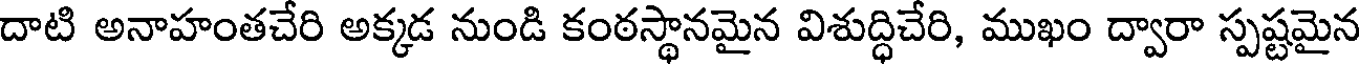
దాటి అనాహంతచేరి అక్కడ నుండి కంఠస్థానమైన విశుద్ధిచేరి, ముఖం ద్వారా స్పష్టమైన